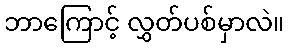
ဘာကြောင့် လွှတ်ပစ်မှာလဲ။